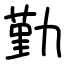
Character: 勤